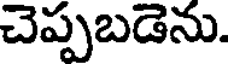
చెప్పబడెను.